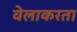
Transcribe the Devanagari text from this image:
वेलाकरता